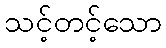
သင့်တင့်သော